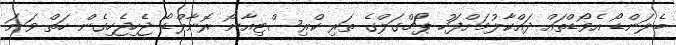
ބެލަންޑޯ އެވޯޑްތައް ދައްކާލުމަށްފަހު ޕޯޗްގަލްގެ ތަރި ކްރިސްޓިއާނޯ ރޮނާލްޑޯ ޖެހިޖެހިގެން ހަތް ވަނަ